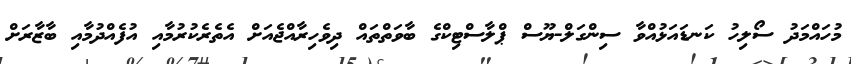
މުހައްމަދު ސޯލިހު ކަނޑައަޅުއްވާ ސިންގަލް-ޔޫސް ޕްލާސްޓިކްގެ ބާވަތްތައް ދިވެހިރާއްޖެއަށް އެތެރެކުރުމާއި އުފެއްދުމާއި ބާޒާރަށް